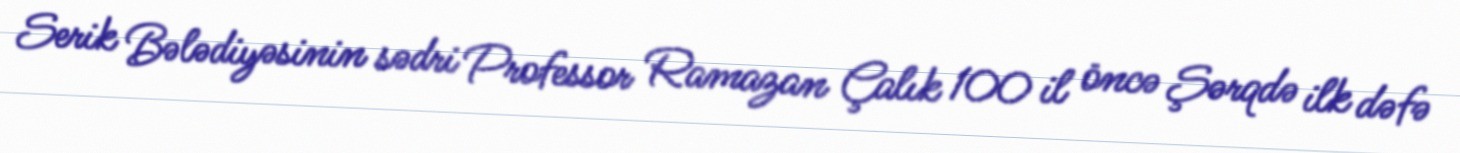
Serik Bələdiyəsinin sədri Professor Ramazan Çalık 100 il öncə Şərqdə ilk dəfə